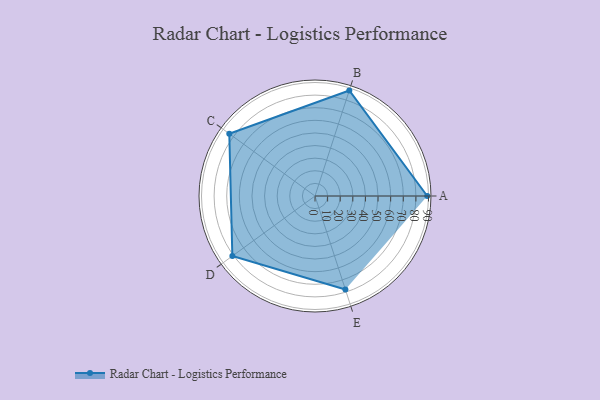
{"axis": {"x": "Skill", "y": "Score"}, "legend": ["Profile"], "data": [{"x": "A", "y": 89.0, "type": "Profile"}, {"x": "B", "y": 88.0, "type": "Profile"}, {"x": "C", "y": 84.0, "type": "Profile"}, {"x": "D", "y": 81.0, "type": "Profile"}, {"x": "E", "y": 78.0, "type": "Profile"}]}